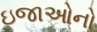
ઇજાઓનો